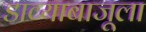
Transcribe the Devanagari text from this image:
डाव्याबाजूला